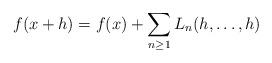
LaTeX: \begin{align*}f(x+h) = f(x) + \sum_{n \geq 1} L_n(h,\ldots,h)\end{align*}